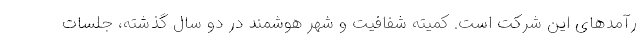
رآمدهای این شرکت است. کمیته شفافیت و شهر هوشمند در دو سال گذشته، جلسات